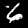
Digit: 6